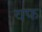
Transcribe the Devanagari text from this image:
वफ